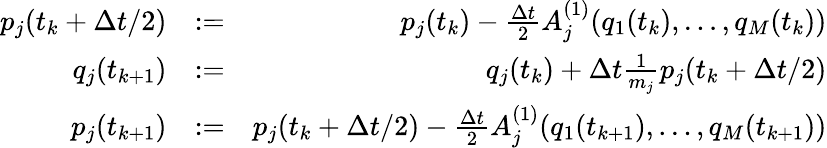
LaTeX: \begin{array}{rlr}{p_{j}(t_{k}+\Delta t/2)}&{:=}&{p_{j}(t_{k})-\frac{\Delta t}{2}A_{j}^{(1)}(q_{1}(t_{k}),\dots,q_{M}(t_{k}))}\\ {q_{j}(t_{k+1})}&{:=}&{q_{j}(t_{k})+\Delta t\frac{1}{m_{j}}p_{j}(t_{k}+\Delta t/2)}\\ {p_{j}(t_{k+1})}&{:=}&{p_{j}(t_{k}+\Delta t/2)-\frac{\Delta t}{2}A_{j}^{(1)}(q_{1}(t_{k+1}),\dots,q_{M}(t_{k+1}))}\end{array}